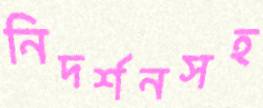
নিদর্শনসহ